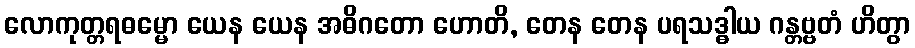
လောကုတ္တရဓမ္မော ယေန ယေန အဓိဂတော ဟောတိ, တေန တေန ပရသဒ္ဓါယ ဂန္တဗ္ဗတံ ဟိတွာ